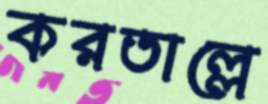
করতাল্লে